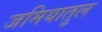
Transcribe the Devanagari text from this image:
जमियातुल